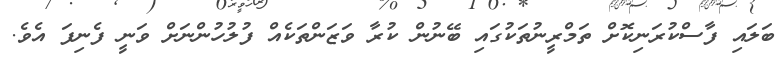
ބަލައި ފާސްކުރަނިކޮށް ތަމްރީނުތަކުގައި ބޭނުން ކުރާ ވަޒަންތަކެއް ފުލުހުންނަށް ވަނީ ފެނިފަ އެވެ.